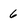
Character: 6